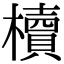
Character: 櫝